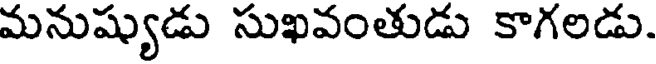
మనుష్యుడు సుఖవంతుడు కాగలడు.